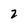
Character: 2